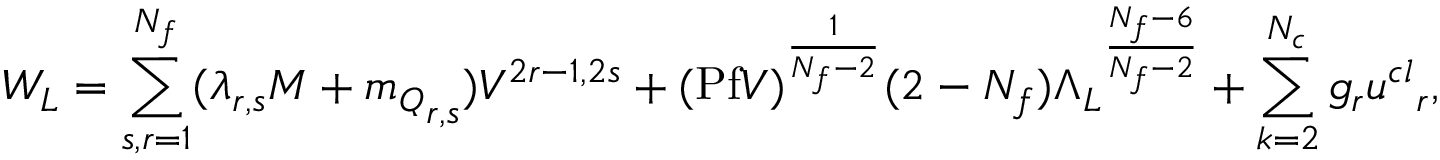
W _ { L } = \sum _ { s , r = 1 } ^ { N _ { f } } ( \lambda _ { r , s } M + { m _ { Q } } _ { r , s } ) V ^ { 2 r - 1 , 2 s } + ( \mathrm { P f } V ) ^ { \frac { 1 } { N _ { f } - 2 } } ( 2 - N _ { f } ) { \Lambda _ { L } } ^ { \frac { N _ { f } - 6 } { N _ { f } - 2 } } + \sum _ { k = 2 } ^ { N _ { c } } g _ { r } { u ^ { c l } } _ { r } , \nonumber